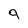
Character: g